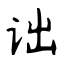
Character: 诎